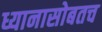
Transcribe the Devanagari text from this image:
ध्यानासोबतच